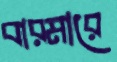
বারমারে